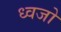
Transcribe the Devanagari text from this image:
ध्वजो